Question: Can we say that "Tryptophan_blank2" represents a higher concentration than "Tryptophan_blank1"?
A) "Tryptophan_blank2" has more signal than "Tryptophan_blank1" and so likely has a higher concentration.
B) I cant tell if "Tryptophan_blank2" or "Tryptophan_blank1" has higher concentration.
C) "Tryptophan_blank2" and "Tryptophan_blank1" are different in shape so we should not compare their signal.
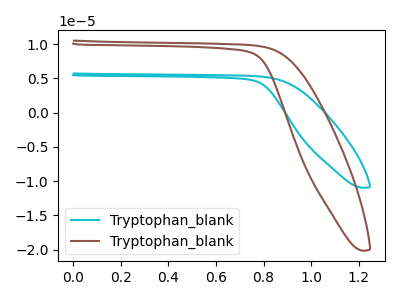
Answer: <think>The cyan curve "Tryptophan_blank1" has no peaks. The brown curve "Tryptophan_blank2" has no peaks.
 Neither "Tryptophan_blank2" or "Tryptophan_blank1" have any peaks.</think>
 <answer>B) I cant tell if "Tryptophan_blank2" or "Tryptophan_blank1" has higher concentration.</answer>
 <eval>B</eval>